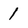
Character: 1